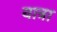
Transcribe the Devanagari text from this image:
यात्रा